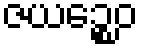
ဇယဉ္စေဝ